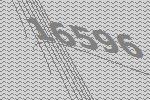
16596